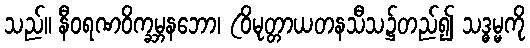
သည်။ နီဝရဏဝိက္ခမ္ဘနဘော၊ (ဝိမုတ္တာယတနသီသ၌တည်၍ သဒ္ဓမ္မကို